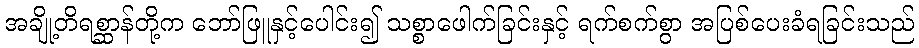
အချို့တိရစ္ဆာန်တို့က ဘော်ဖြူနှင့်ပေါင်း၍ သစ္စာဖေါက်ခြင်းနှင့် ရက်စက်စွာ အပြစ်ပေးခံရခြင်းသည်